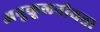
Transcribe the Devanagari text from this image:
अनुकूलनीयता